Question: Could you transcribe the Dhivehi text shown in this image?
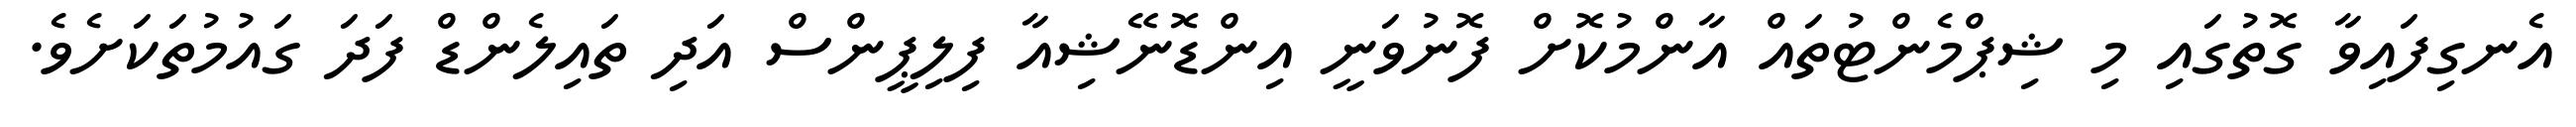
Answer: އެނގިފައިވާ ގޮތުގައި މި ޝިޕްމެންޓުތައް އާންމުކޮށް ފޮނުވަނީ އިންޑޮނޭޝިއާ ފިލިޕީންސް އަދި ތައިލެންޑް ފަދަ ގައުމުތަކަށެވެ.